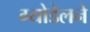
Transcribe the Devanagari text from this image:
ग्योडेलने